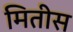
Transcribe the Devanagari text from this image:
मितीस